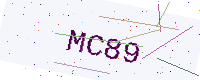
Text: MC89